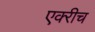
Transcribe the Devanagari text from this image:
एक्‍रीच